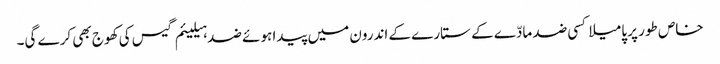
خاص طور پر پامیلا کسی ضد مادّے کے ستارے کے اندرون میں پیدا ہوئے ضد ہیلیئم گیس کی کھوج بھی کرے گی۔